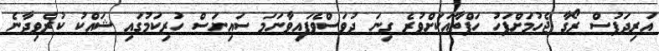
އަރިދަފުސް ރޯގާ ޖެހުމަށްފަހު ހަފްތާއަކަށްވުރެ ގިނަ ދުވަސްވެފައިވާނަމަ ސައިނަސް ހުރިކަމުގައި ޝައްކު ކުރެވިދާނެ